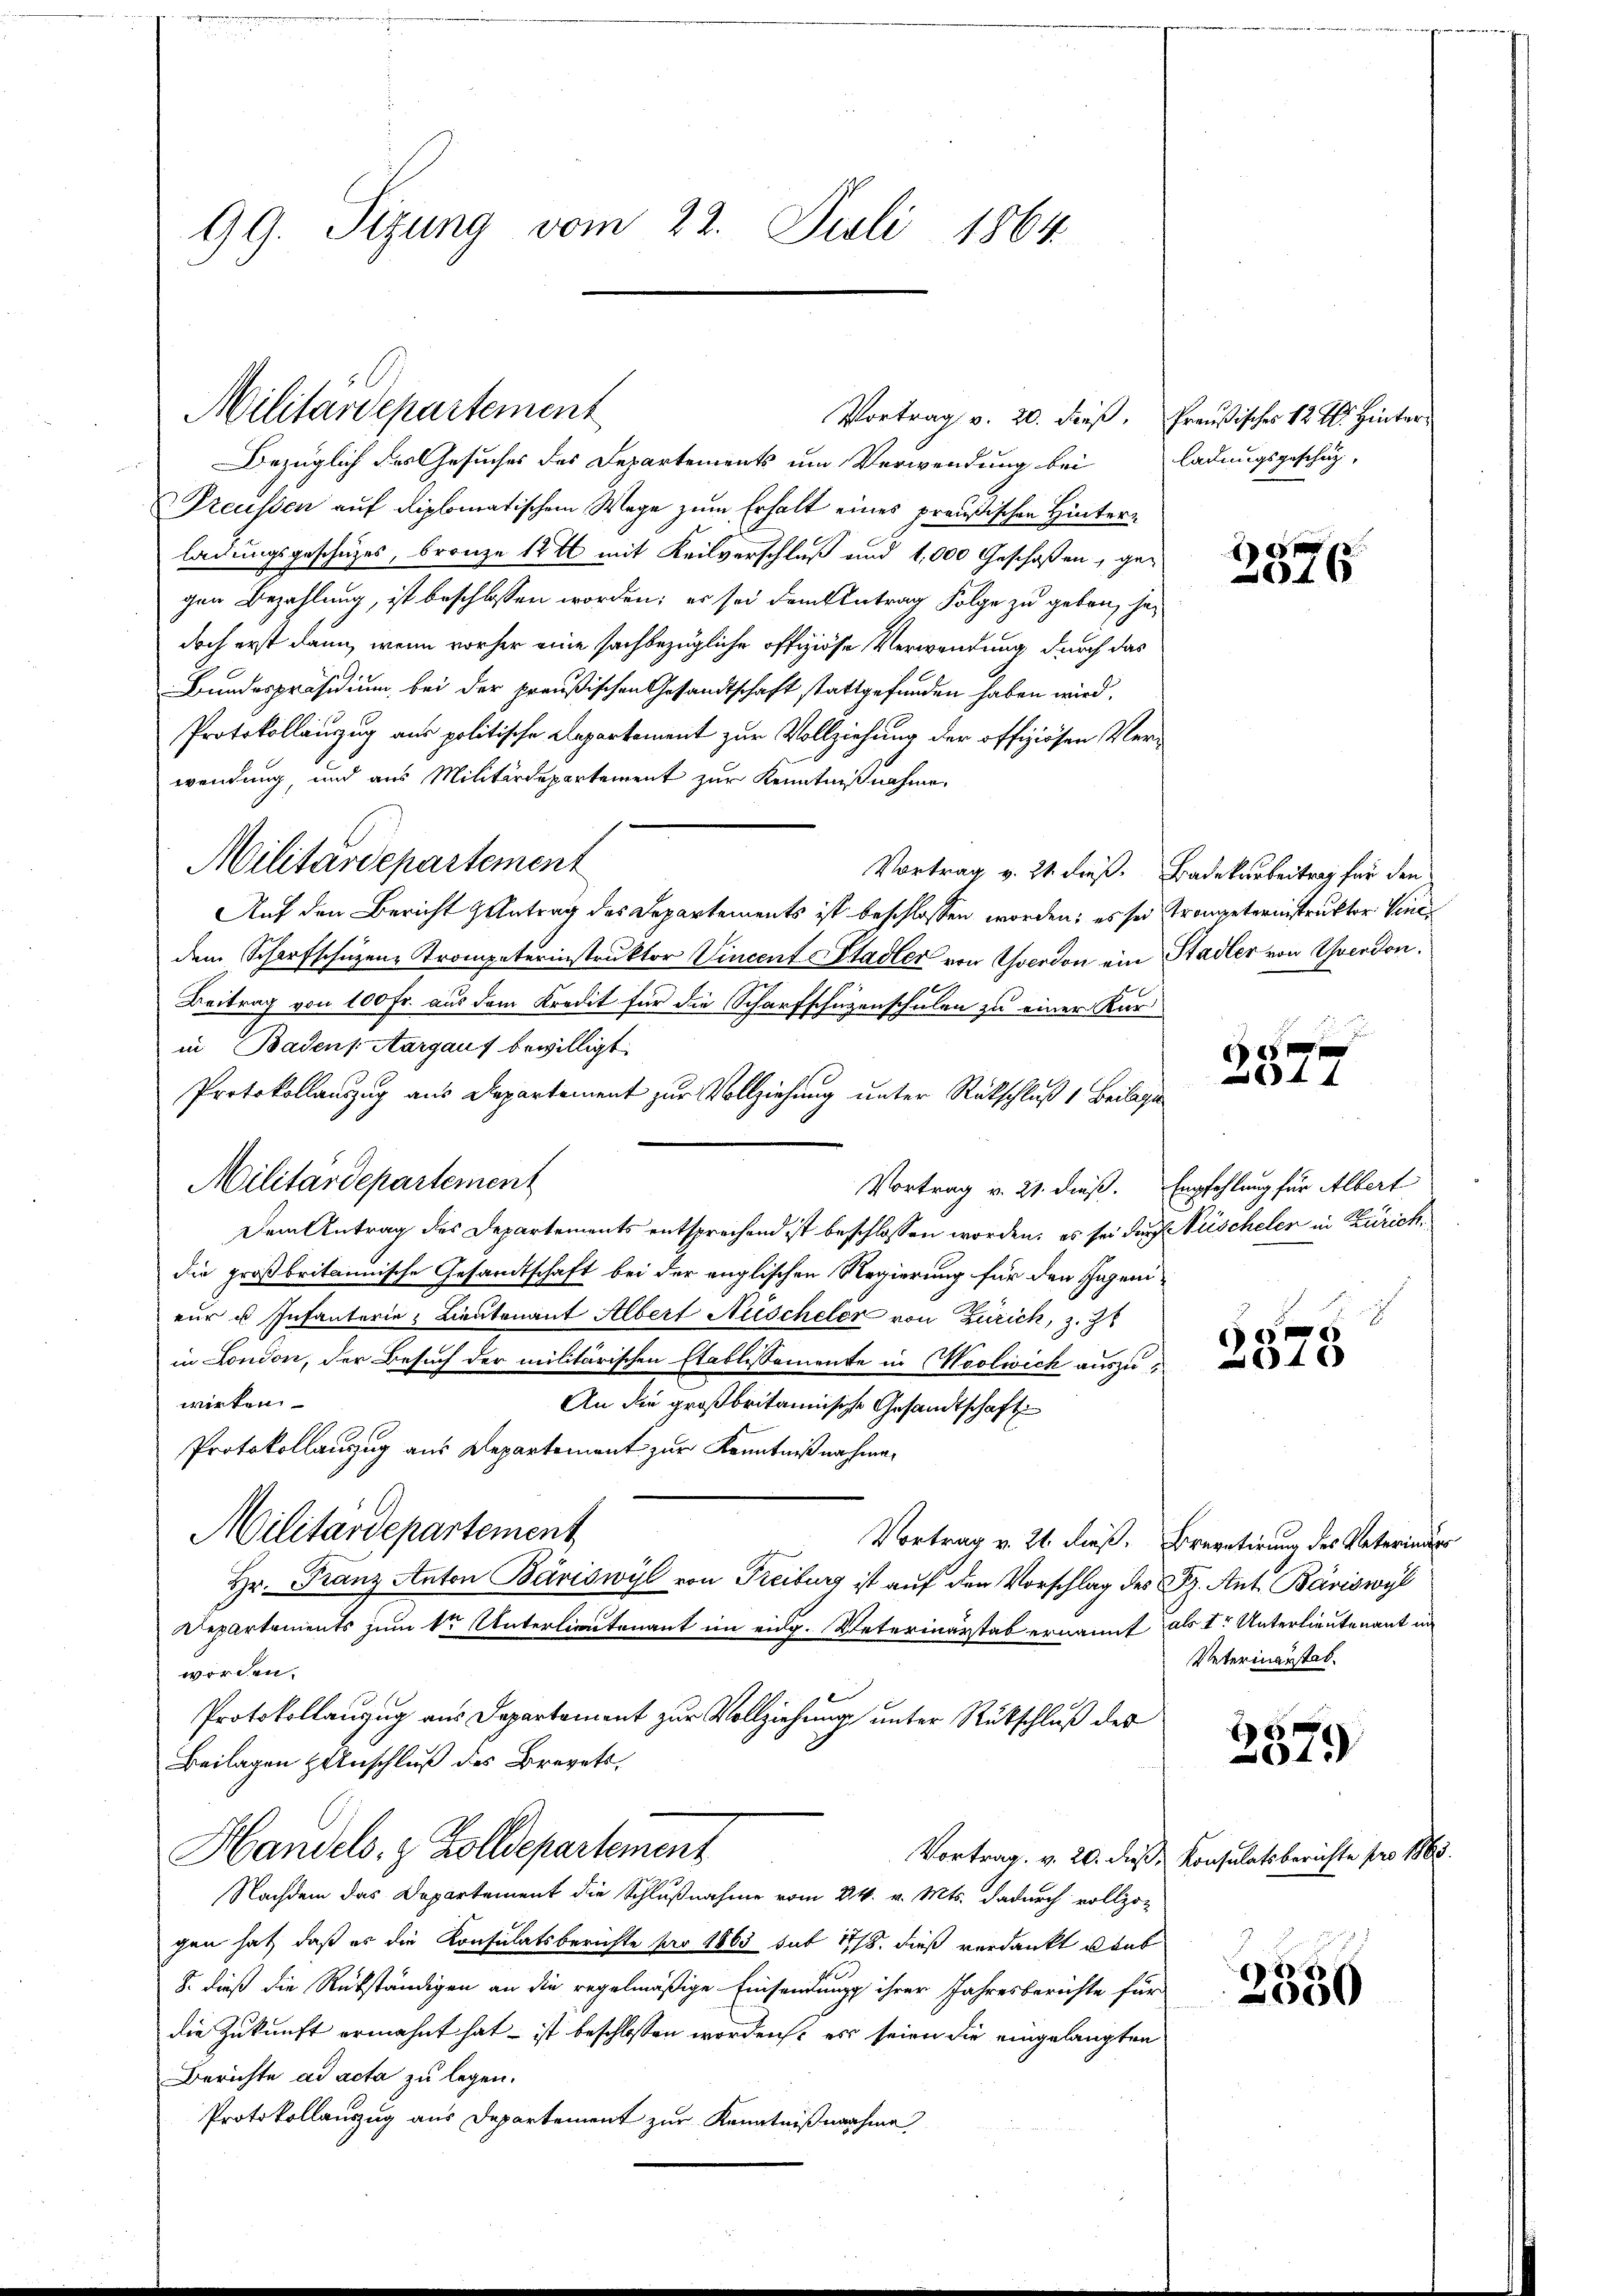
99. Sizung vom 22. Juli 1864.

Militärdepartement

Militärdepartement

Vortrag v. 20. dieß, Preußisches 12 M. Hinter¬

Bezüglich des Gesuches des Departements um Verwendung bei ladungsgeschätz-
Preussen auf diplomatischem Wege zum Erhalt eines preußischen Hinterladungsgeschüzes, branze 12 t mit Keilverschluß und 4,000 Geschoßen, gegen Bezahlung, ist beschlossen worden; es sei dem Antrag Folge zu geben, hadoch erst dann, wenn vorher eine sachbezügliche offiziöse Verwendung durch das
Bundespräsidium bei der preußischen Gesandtschaft stattgefunden haben wird.
Protokollanzug aus politische Repartement zur Vollziehung der offiziösen Verwendung, und aus Militärdepartement zur Kenntnißnahme.
Auf den Bericht Antrag des Departements ist beschlossen worden; es sei Trompeterinstruktor Vinedem Scharfschützen Trompeterinstruktor Vincent Stadler von verdon ein Stadler von Yverdon.
pl
Beitrag von 100 Fr. aus dem Kredit für die Scharfschüzenschulen zu einer Kurin Badens Aargauf bewilligt.
Protokollauszug aus Departement zur Vollziehung unter Rückschluß 1 Beilagen
Militärdepartement
Dem Antrag des Departements entsprechend ist beschlossen worden, es sei durch Nüscheler in Zürichdie großbritannische Gesandtschaft bei der englischen Regierung für den Gegenieur u. Infanterie Lieutenant Albert Nischeler von Zürich, z. Z
in London, der Besuch der militärischen Etablissemente in Woolwich auszuwirken.
An die großbritannische Gesandtschaft
Protokollauszug aus Departement zur Kenntnißnahmen
Militärdepartement
Vortrag v. 21. dieß. Brevetirung des Vaterinders
Hr. Franz Anton Bäriswyl von Freiburg ist auf den Vorschlag des Sz. Ant. Bäriswyl
Departements zum 1ten Unterlieutenant im eidg. Veterinärstab ernannt als Ir Unterlieutenant un
worden.
Protokollanzug aus Departement zur Vollziehung unter Rückschluß des
Beilagen Hinschluß des Brevets
Handels, z. Zolldepartement
Vortrag. v. 20. dieß,
Nachdem das Departement die Schlußnahme vom 24. v. Mts. dadurch vollzog
gen hat, daß er die Konsulatsberichte pro 1865 sub 1778. dieß verdankt dab
8. dieß die Rükständigen an die regelmäßige Einsendungs ihrer Jahresberichte für
die Zukunft ermahnt hat – ist beschlossen worden, es seien die eingelangten
Berichte ad acta zu legen.
Protokollauszug aus Departement zur Kenntnißnahme

f 0 x
4x

Vortrag v. 24. dieß. Badekarbeitrag für den

f 45 x
 4 x

Vortrag v. 21. dieß. Empfehlung für Albert

6
4x

Veterinanstat.

f 6 x
01.

Konsulatsberichte pro 1863.

8
050